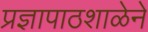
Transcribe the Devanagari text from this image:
प्रज्ञापाठशाळेने